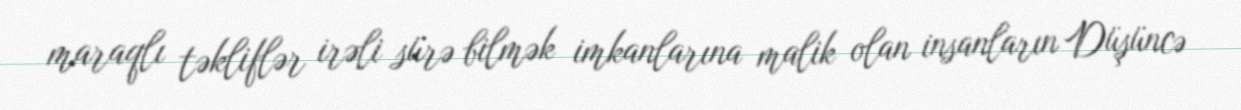
maraqlı təkliflər irəli sürə bilmək imkanlarına malik olan insanların Düşüncə